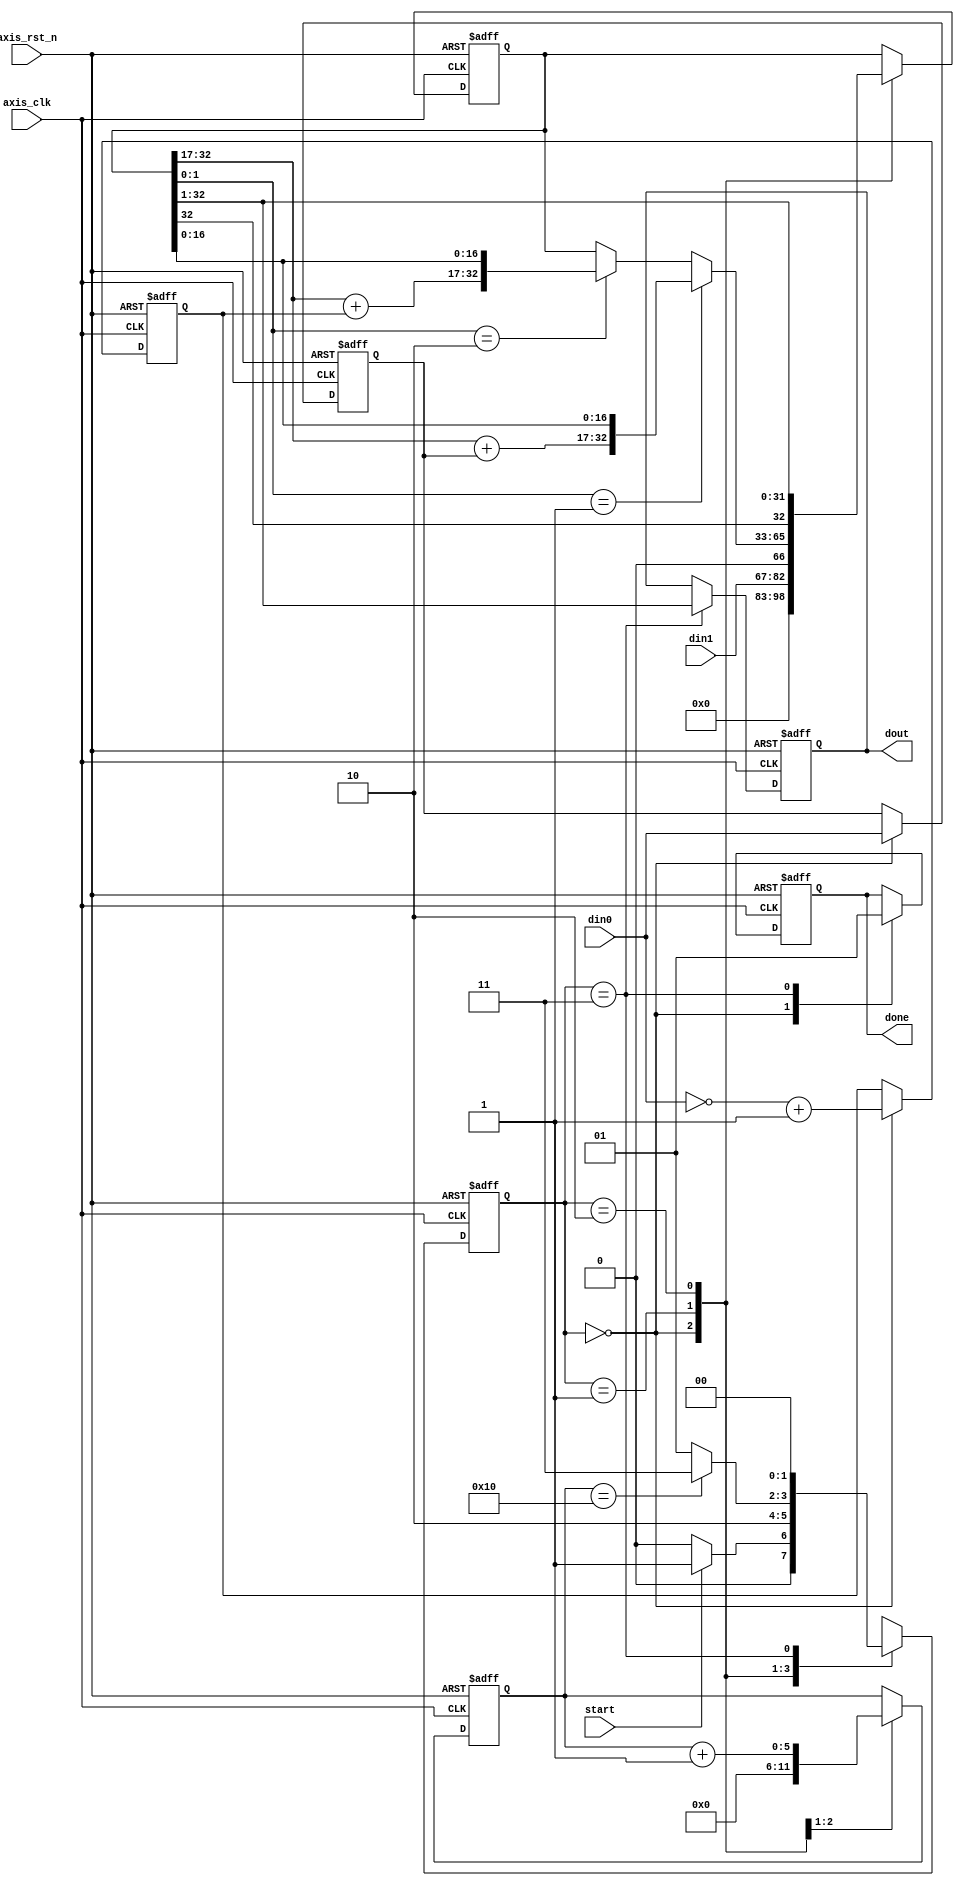
`timescale 1ns / 1ps
//////////////////////////////////////////////////////////////////////////////////
// Company: 
// Engineer: 
// 
// Design Name: 
// Module Name: booth
// Project Name: 
// Target Devices: 
// Tool Versions: 
// Description: 
// 
// Dependencies: 
// 
// Revision:
// Revision 0.01 - File Created
// Additional Comments:
// 
//////////////////////////////////////////////////////////////////////////////////


module booth
#(  parameter din0_WIDTH = 16,
    parameter din1_WIDTH = 16,
    parameter dout_WIDTH = 32
)
(
    input  wire                      axis_clk, // CLK AXI STREAM
    input  wire                      axis_rst_n, // reset_n AXI STREAM
    input  wire [din0_WIDTH - 1 : 0] din0,
    input  wire [din1_WIDTH - 1 : 0] din1,
    output wire [dout_WIDTH - 1 : 0] dout,

    input  wire                      start,
    output wire                      done
);

    localparam
    IDLE   = 2'b00,
    CAL    = 2'b01,
    SHIFT  = 2'b10,
    FINISH = 2'b11;

    reg [din0_WIDTH - 1 : 0] Din0_reg;
    reg [din0_WIDTH - 1 : 0] sDin0_reg;
    reg [dout_WIDTH - 1 : 0] dout_reg;
    reg [dout_WIDTH : 0] product;

    reg  [1: 0]              state;
    reg  [1: 0]              next_state;

    reg                      done_reg;
    reg  [5: 0]              times;

    always@ (posedge axis_clk or negedge axis_rst_n) begin
        if (~axis_rst_n) begin
            state <= IDLE;
        end
        else begin
            state <= next_state;
        end
    end

    always@ (posedge axis_clk or negedge axis_rst_n) begin
        if (~axis_rst_n) begin
            Din0_reg  <= 0;
            sDin0_reg <= 0;
            dout_reg  <= 0;
            product   <= 0;
            done_reg  <= 0;
            times     <= 0;
        end
        else begin
            case (state)
                IDLE: begin
                    Din0_reg  <= din0;
                    sDin0_reg <= ((~din0) + 1'b1);
                    product   <= {16'b0,din1,1'b0};
                    done_reg  <= 1'b0;
                    times     <= 6'b0;
                end
                CAL: begin
                    times    <= times +6'b1;
                    if( product[1:0] == 2'b01) begin
                        product  <= {(product[32:17] + Din0_reg), product[16:0]};
                    end
                    else if (product[1:0] == 2'b10) begin
                        product  <= {(product[32:17] + sDin0_reg), product[16:0]};
                    end
                    else begin
                        product  <= product;
                    end
                end
                SHIFT: begin
                    product <= {product[32],product[32:1]};
                end
                FINISH: begin
                    done_reg <= 1'b1;
                    dout_reg <= product[32:1];
                end
                default: begin
                    Din0_reg  <= 16'b0;
                    sDin0_reg <= 16'b0;
                    dout_reg  <= 32'b0;
                    product   <= 33'b0;
                    done_reg  <= 1'b0;
                    times     <= 6'b0;
                end
            endcase
        end
    end
    always@* begin
        case (state)
            IDLE: begin
                next_state = (start) ? CAL : IDLE;
            end
            CAL: begin
                next_state = SHIFT;
            end
            SHIFT: begin
                if (times == 6'd16) begin
                    next_state = FINISH;
                end
                else begin
                    next_state = CAL;
                end
            end
            FINISH: begin
                next_state = IDLE;
            end
            default: begin
                next_state = IDLE;
            end
        endcase
    end

    assign done = done_reg;
    assign dout = dout_reg;
    
    function integer log2;
        input integer x;
        integer n, m;
        begin
            n = 1;
            m = 2;
            while (m < x) begin
                n = n + 1;
                m = m * 2;
            end
            log2 = n;
        end
    endfunction
endmodule